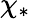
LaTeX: \chi_{*}